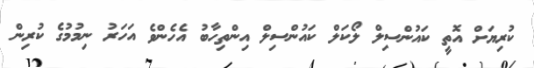
ކުރިޔަށް އޮތީ ކައުންސިލް ލޯކަލް ކައުންސިލް އިންތިހާބު އެހެންވެ އަހަރު ނިމުމުގެ ކުރިން